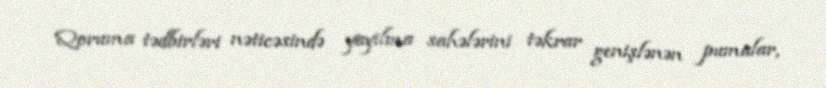
Qoruma tədbirləri nəticəsində yayılma sahələrini təkrar genişlənən pumalar,